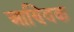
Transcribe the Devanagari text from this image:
आण्‍विक